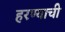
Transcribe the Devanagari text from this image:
हरण्याची